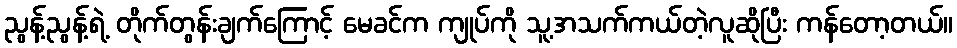
ညွန့်ညွန့်ရဲ့ တိုက်တွန်းချက်ကြောင့် မေခင်က ကျုပ်ကို သူ့အသက်ကယ်တဲ့လူဆိုပြီး ကန်တော့တယ်။